Scottish Certificate of Education, 1963
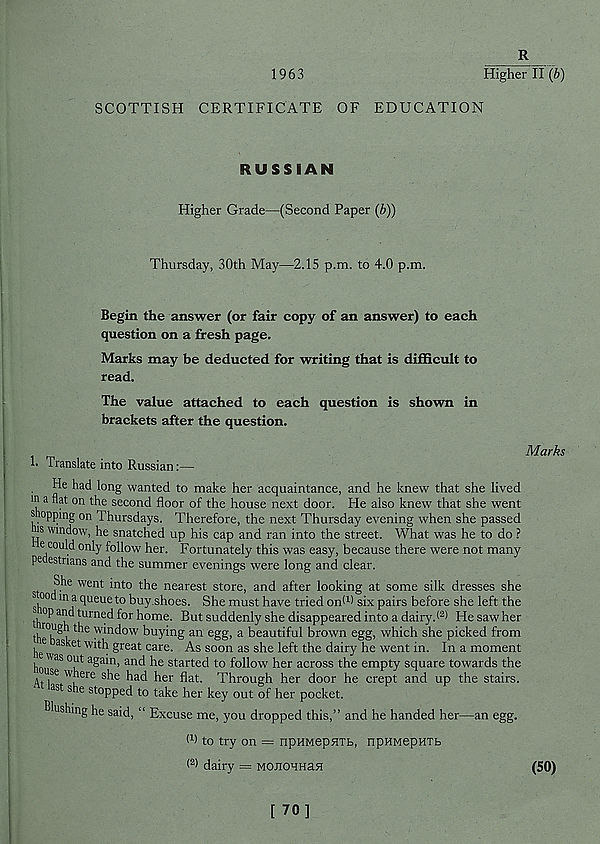
1963
R
Higher 11(6)
SCOTTISH CERTIFICATE OF EDUCATION
RUSSIAH
Higher Grade—(Second Paper (b))
Thursday, 30th May—2.15 p.m. to 4.0 p.m.
Begin the answer (or fair copy of an answer) to each
question on a fresh page.
Marks may be deducted for writing that is difficult to
read.
The value attached to each question is shown in
brackets after the question.
1. Translate into Russian
He had long wanted to make her acquaintance, and he knew that she lived
in a flat on the second floor of the house next door. He also knew that she went
shopping on Thursdays. Therefore, the next Thursday evening when she passed
is window, he snatched up his cap and ran into the street. What was he to do ?
e could only follow her. Fortunately this was easy, because there were not many
pc estnans and the summer evenings were long and clear.
She went into the nearest store, and after looking at some silk dresses she
S , 00 ln a flueue to buy shoes. She must have tried on* 1 ) six pairs before she left the
Mop and turned for home. But suddenly she disappeared into a dairy.! 2 ) He saw her
the b k ^ ' n^ow b u y' n g an egg, a beautiful brown egg, which she picked from
Marks
he
i great care. As soon as she left the dairy he went in. In a moment
ho" 38 0 k t a ® a ' n ’ an( i be started to follow her across the empty square towards the
use where she had her flat. Through her door he crept and up the stairs.
as s n e stopped to take her key out of her pocket.
Blushing he said, “ Excuse me, you dropped this,” and he handed her—an egg.
<9 to try on = npHMepMTb, npHMepHTb
( 2 > dairy = MOJlOHHSH
(50)
[ 70]